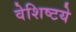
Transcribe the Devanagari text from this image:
वेशिष्टये